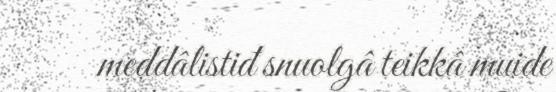
meddâlistiđ snuolgâ teikkâ muide